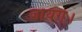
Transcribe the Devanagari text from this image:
जायग।